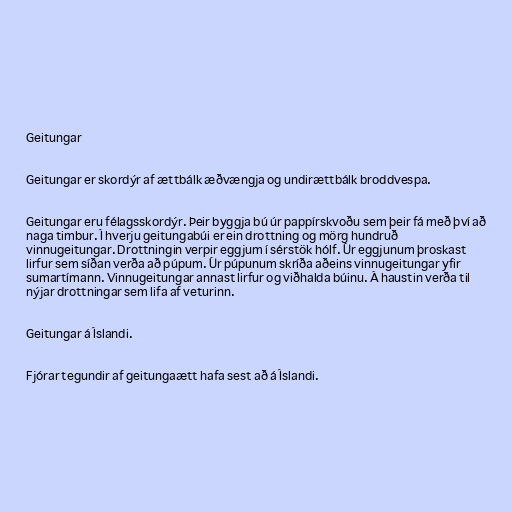
Geitungar

Geitungar er skordýr af ættbálk æðvængja og undirættbálk broddvespa.

Geitungar eru félagsskordýr. Þeir byggja bú úr pappírskvoðu sem þeir fá með því að
naga timbur. Í hverju geitungabúi er ein drottning og mörg hundruð
vinnugeitungar. Drottningin verpir eggjum í sérstök hólf. Úr eggjunum þroskast
lirfur sem síðan verða að púpum. Úr púpunum skríða aðeins vinnugeitungar yfir
sumartímann. Vinnugeitungar annast lirfur og viðhalda búinu. Á haustin verða til
nýjar drottningar sem lifa af veturinn.

Geitungar á Íslandi.

Fjórar tegundir af geitungaætt hafa sest að á Íslandi.